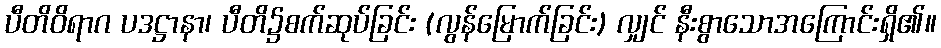
ပီတိဝိရာဂ ပဒဋ္ဌာနာ၊ ပီတိ၌စက်ဆုပ်ခြင်း (လွန်မြောက်ခြင်း) လျှင် နီးစွာသောအကြောင်းရှိ၏။